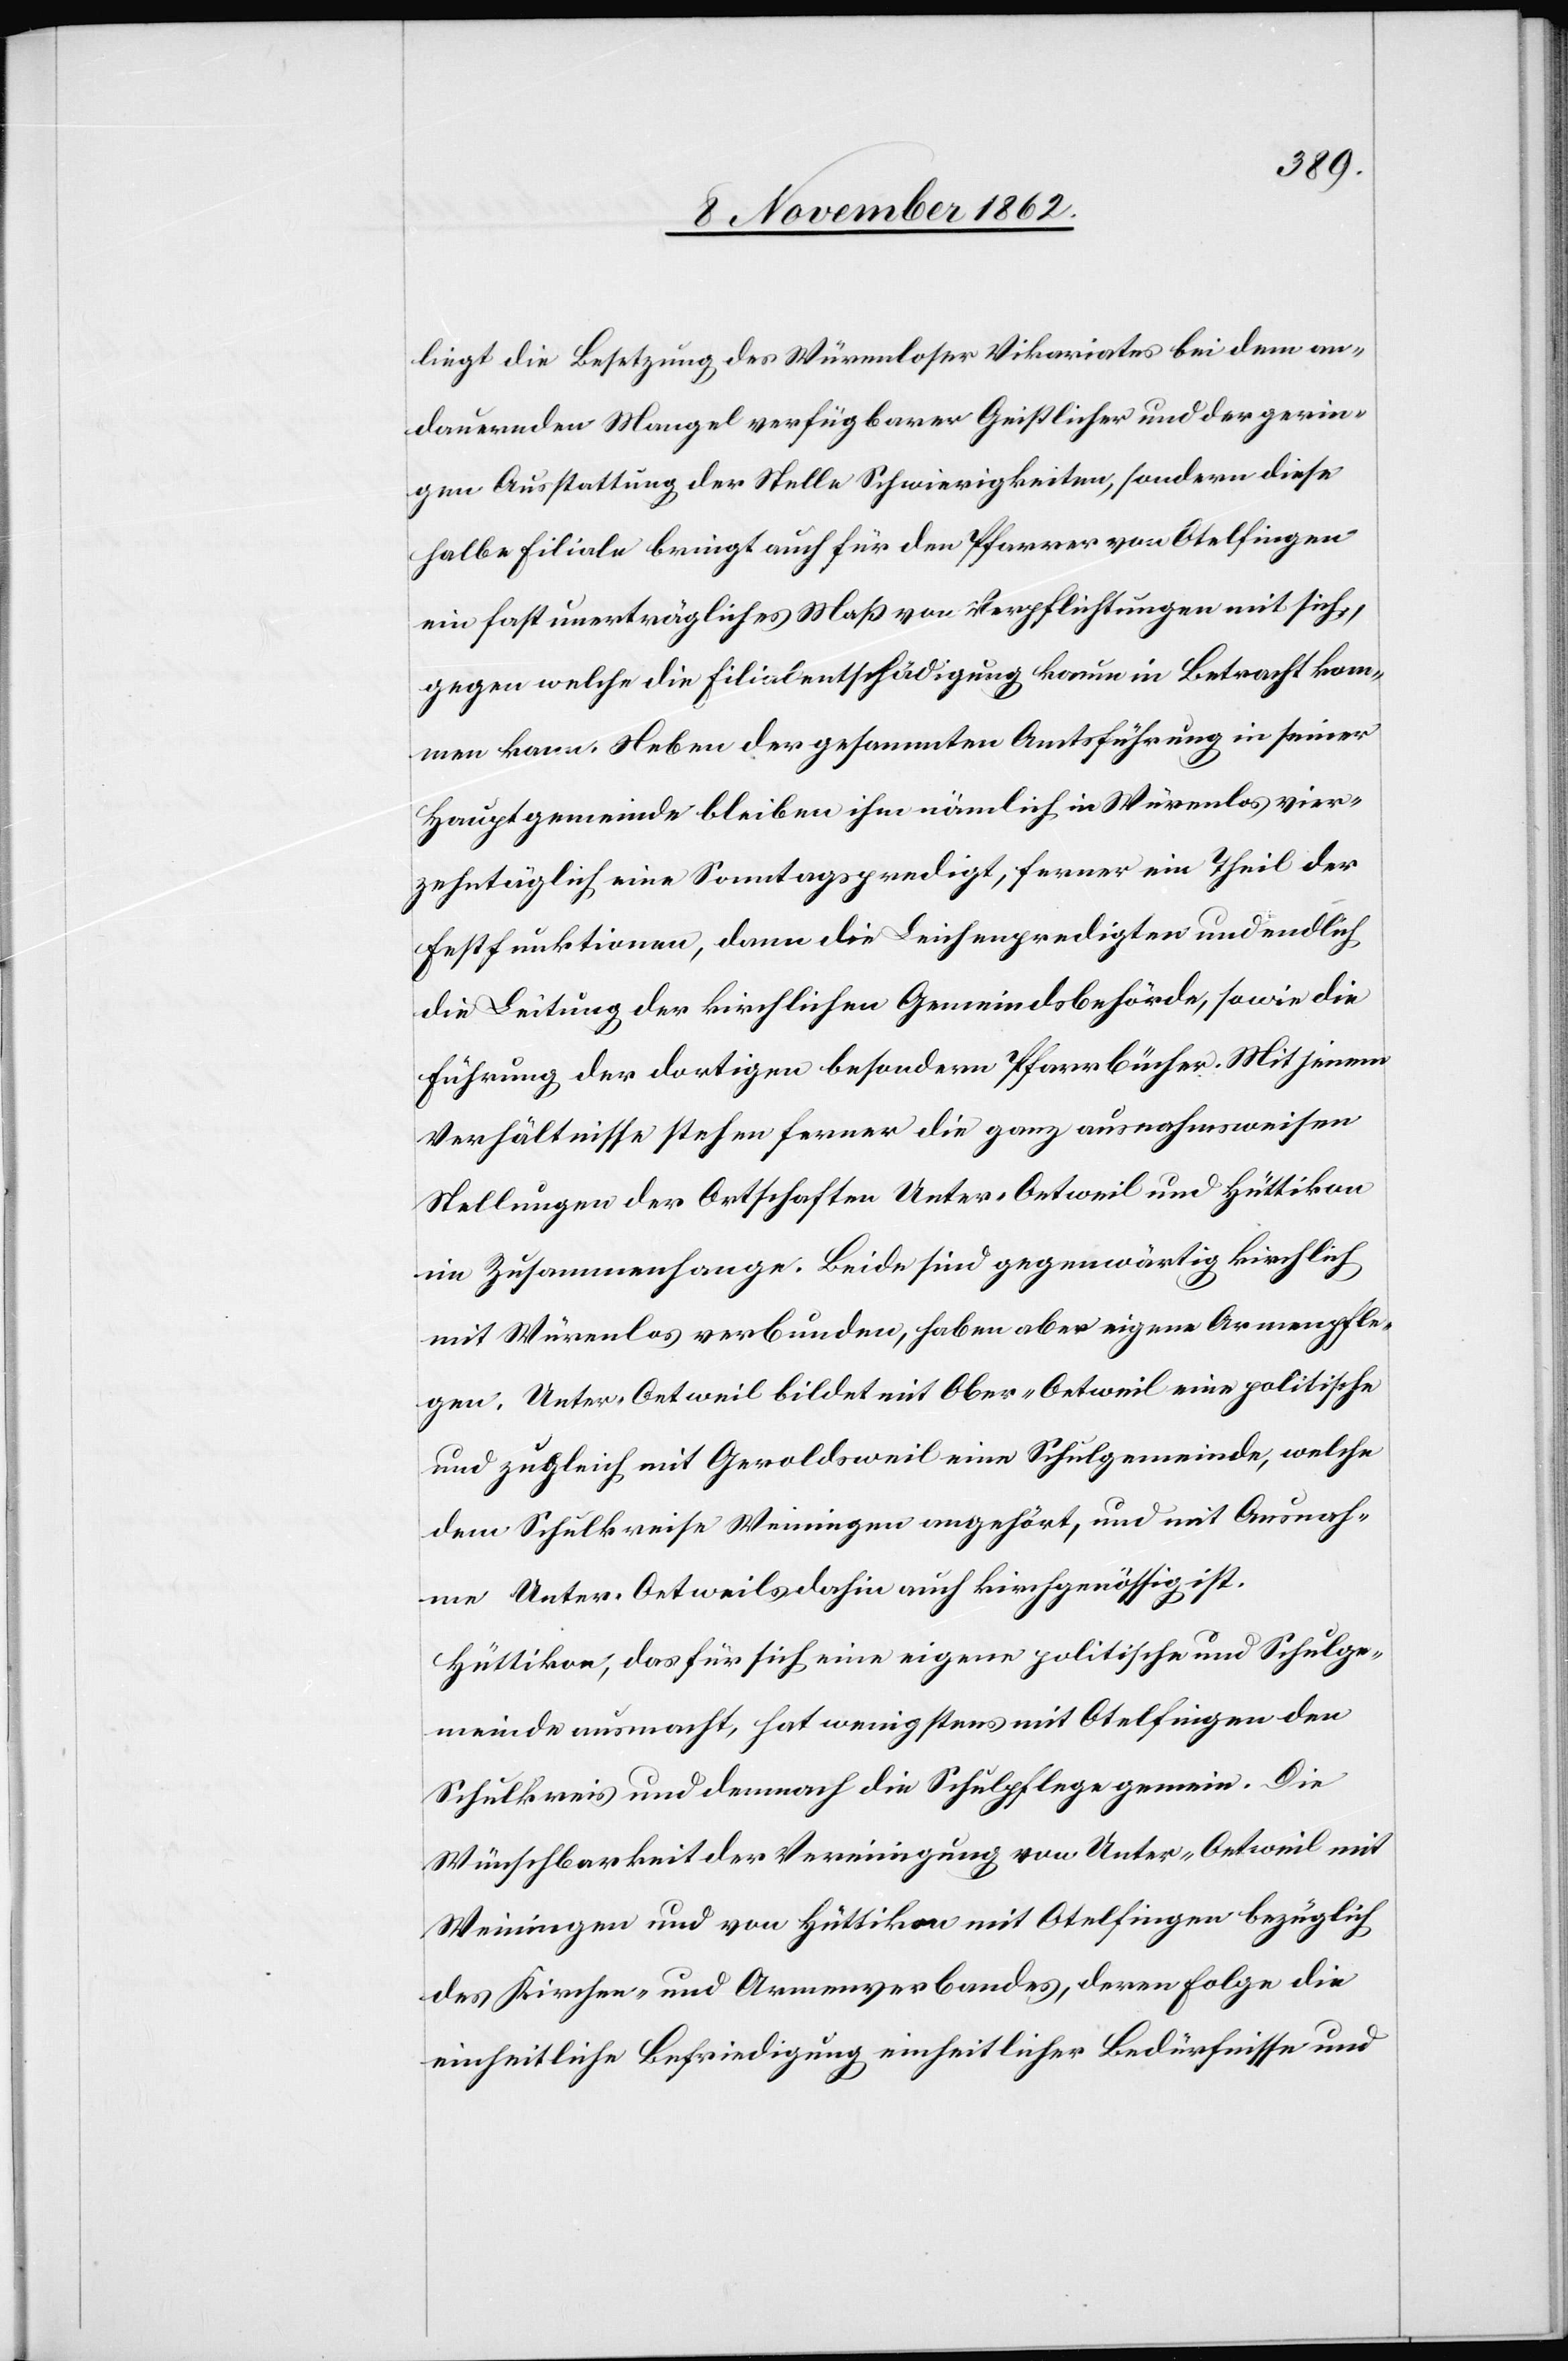
liegt die Besetzung des Würenloser Vikariates bei dem er¬
dauernden Mangel verfügbarer Geistlicher und der gerin¬
gen Ausstattung der Stelle Schwierigkeiten, sondern diese
halbe Filiale bringt auch für den Pfarrer von Otelfingen
ein fast unerträgliches Maß von Verpflichtungen mit sich,
gegen welche die Filialentschädigung kaum in Betracht kom¬
men kann. Neben der gesammten Amtführung in seiner
Hauptgemeinde bleiben ihm nämlich in Würenlos vier¬
zehntäglich eine Sonntagspredigt, ferner ein Theil der
Festfunktionen, dann die Leichenpredigten und endlich
die Leitung der kirchlichen Gemeindsbehörde, sowie die
Führung der dortigen besondern Pfarrbücher. Mit jenem
Verhältnisse stehen ferner die ganz ausnahmsweisen
Stellungen der Ortschaften Unter-Oetweil und Hüttikon
im Zusammenhange. Beide sind gegenwärtig kirchlich
mit Würenlos verbunden, haben aber eigene Armenpfle¬
gen. Unter-Oetweil bildet mit Ober-Oetweil eine politische
und zugleich mit Geroldsweil eine Schulgemeinde, welche
dem Schulkreise Weiningen angehört, und mit Ausnah¬
me Unter-Oetweils dahin auch kirchgenössig ist.
Hüttikon, das für sich eine eigene politische und Schulge¬
meinde ausmacht, hat wenigstens mit Otelfingen den
Schulkreis und demnach die Schulpflege gemein. Die
Wünschbarkeit der Vereinigung von Unter-Oetweil mit
Weiningen und von Hüttikon mit Otelfingen bezüglich
des Kirchen- und Armenverbandes, deren Folge die
einheitliche Befriedigung einheitlicher Bedürfnisse und